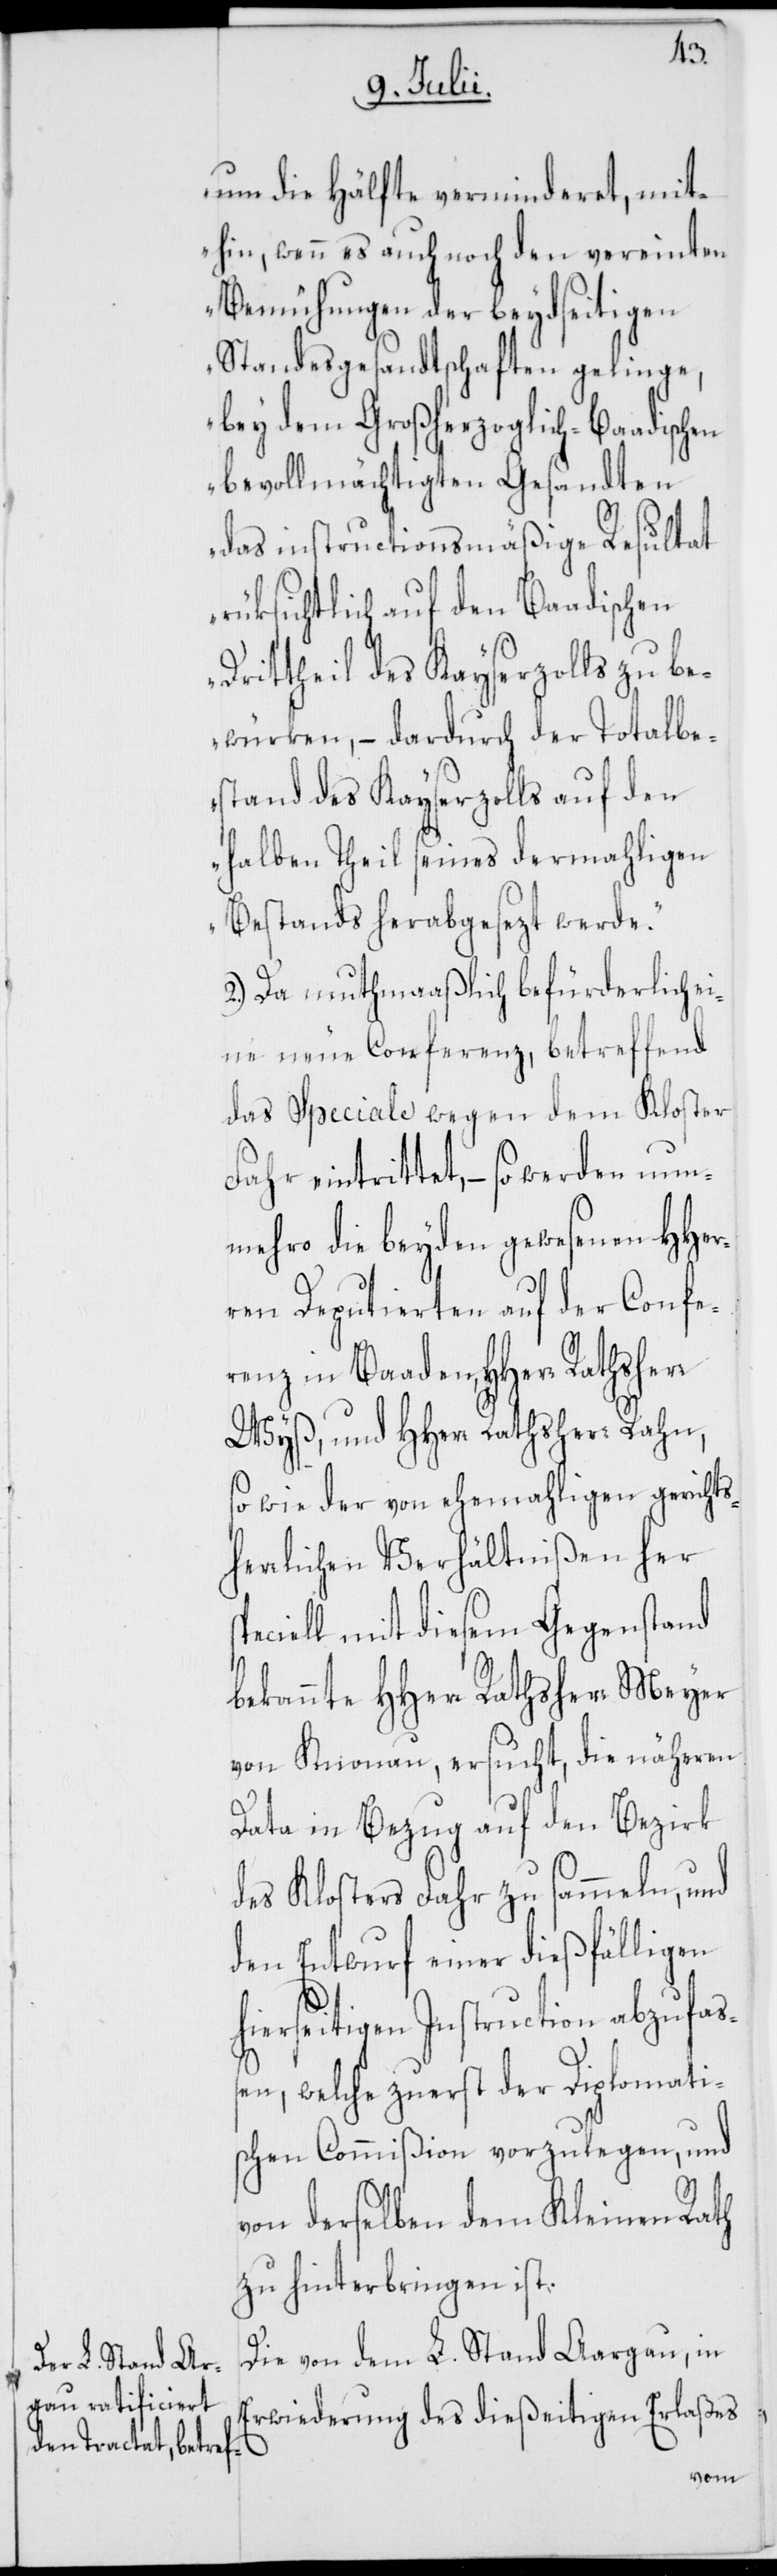
um die Hälfte verminderet, mit¬
hin, wenn es auch noch den vereinten
Bemühungen der beydseitigen
Standesgesandtschaften gelinge,
bey dem Großherzoglich-Baadischen
bevollmächtigten Gesandten
das instructionsmäßige Resultat
rüksichtlich auf den Baadischen
rittheil des Kayserzolls zu be¬
würken, – dadurch der Totalbe¬
stand des Kayserzolls auf den
halben Theil seines dermahligen
Bestands herabgesezt werde.“
2.) Da muthmaaßlich befürderlich e¬
ine neue Conferenz, betreffend
das Speciale wegen dem Kloster
Fahr eintrittet, – so werden nun¬
mehro die beyden gewesenen HHer¬
ren Deputierten auf der Confe¬
renz in Baaden, HHerr
Wyß, und HHerr Rathsherr Rahn,
so wie der von ehemahligen gerichts¬
herrlichen Verhältnißen her
peciell mit diesem Gegenstand
bekannte HHerr Rathsherr Meyer
von Knonau, ersucht, die näheren
Data in Bezug auf den Bezirk
des Klosters Fahr zu sammeln, und
den Entwurf einer dießfälligen
hierseitigen Instruction abzufaß¬
en, welche zuerst der Diplomati¬
schen Commißion vorzulegen, und
von derselben dem Kleinen Rath
zu hinterbringen ist.
Die von dem L. Stand Aargau, in
Erwiederung des dießeitigen Erlaßes
s¬